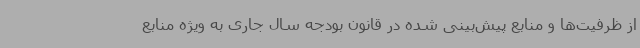
از ظرفیت‌ها و منابع پیش‌بینی شده در قانون بودجه سال جاری به ویژه منابع